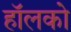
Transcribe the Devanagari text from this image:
हॉलको